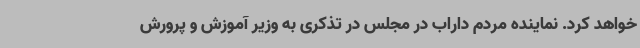
خواهد کرد. نماینده مردم داراب در مجلس در تذکری به وزیر آموزش و پرورش